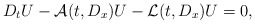
\begin{align*}D_tU-\mathcal{A}(t,D_x)U-\mathcal{L}(t,D_x)U=0,\end{align*}